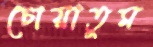
চোয়াতুম